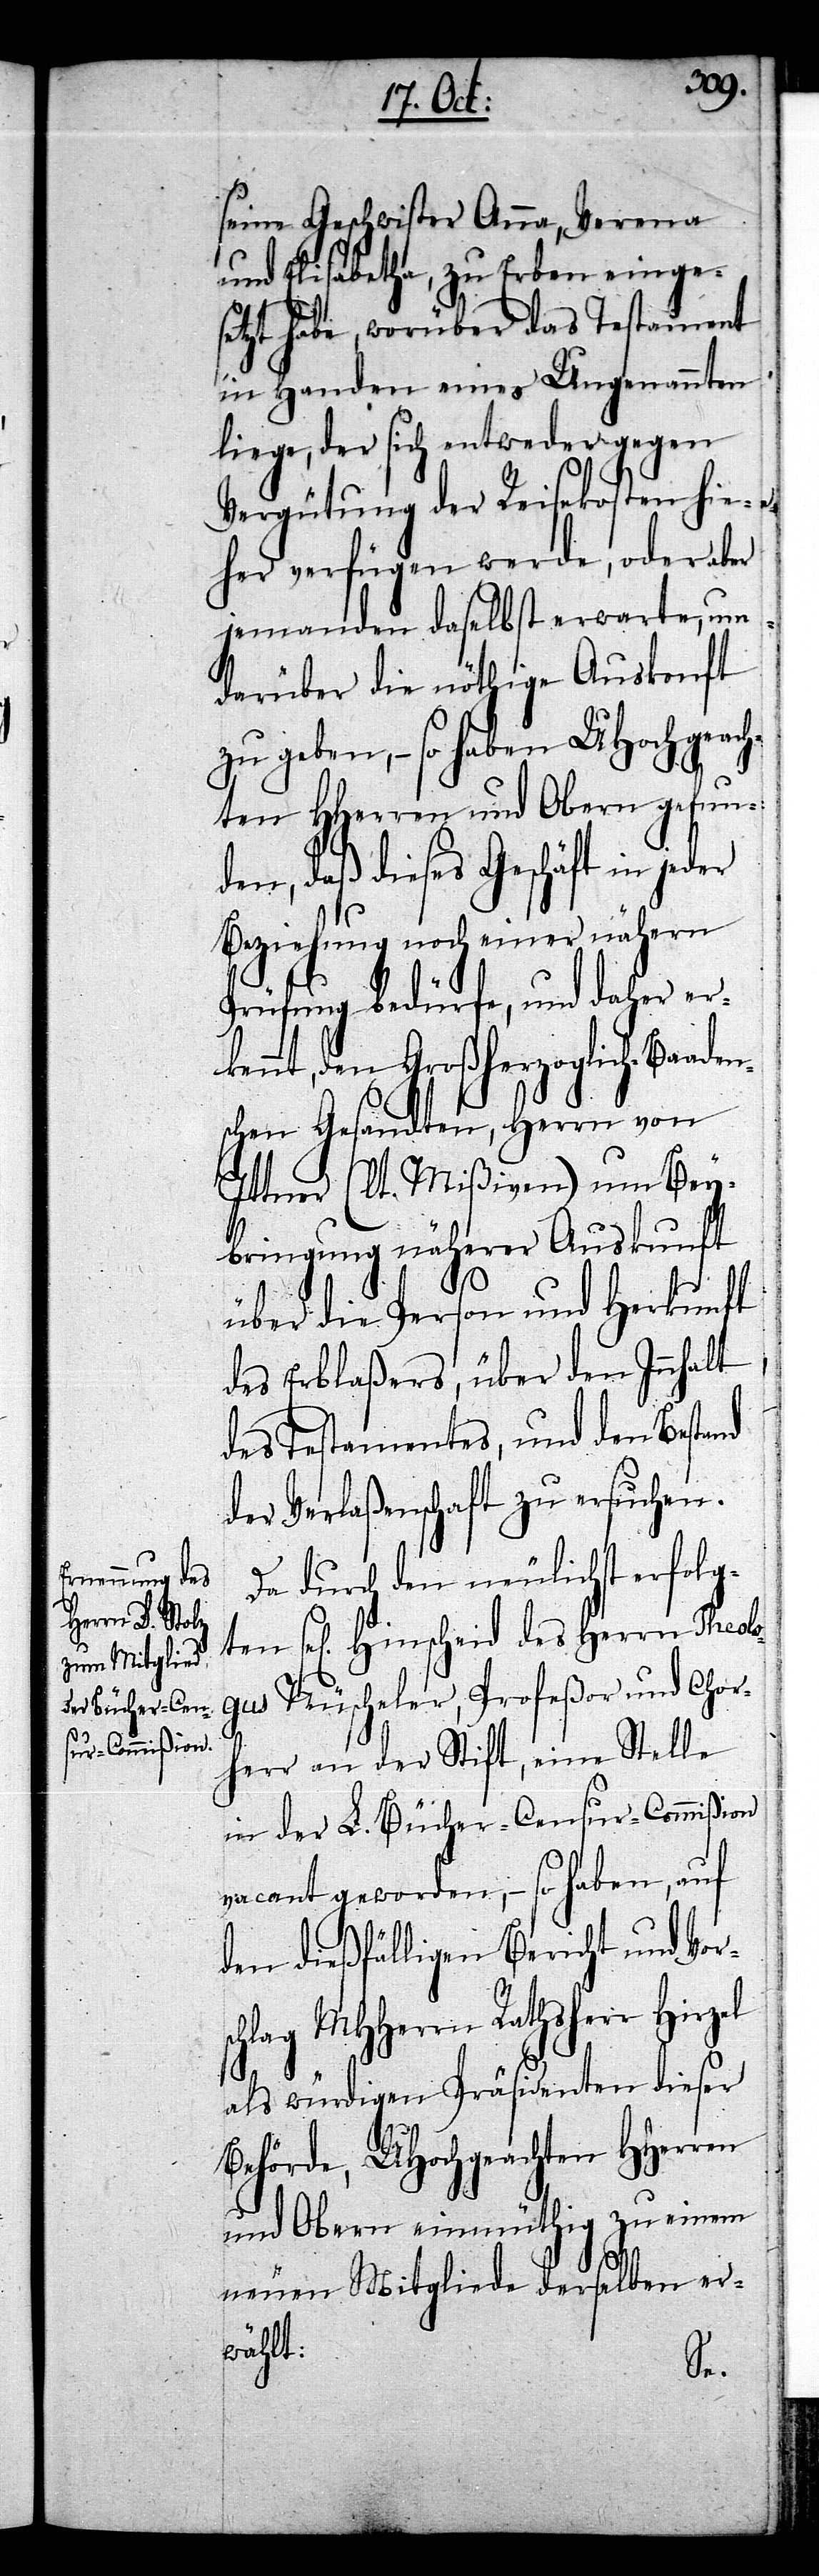
Herrn Theolo¬

seine Geschwister Anna, Verena
und Elisabetha, zu Erben einges¬
etzt habe, worüber das Testament
in Handen eines Ungenannten
liege, der sich entweder gegen
Vergütung der Reisekosten hie¬
her verfügen werde, oder aber
jemanden daselbst erwarte, um
darüber die nöthige Auskonft
zu geben, – so haben UHochgeach¬
ten Herren und Obern gefund¬
en, daß dieses Geschäft in je¬
Beziehung noch einer nähern
Prüfung bedürfe, und daher erk¬
ennt, den Großherzoglich-Baade¬
nschen Gesandten, Herrn von
Ittner (lt. Mißiven) um Bey¬
bringung näherer Auskunft
über die Person und Herkunft
des Erblaßers, über den Innhalt
des Testamentes, und den Bestand
der Verlaßenschaft zu ersuchen.
Da durch den neulichst erfolg¬
gus Nüscheler, Profeßor und Chor¬
herr an der Stift, eine Stelle
in der L. Bücher-Censur-Commißion
vacant geworden, – so haben, auf
den dießfälligen Bericht und Vor¬
lag MHHerrn Rathsherr
als würdigen Präsidenten dieser
Behörde, UHochgeachten HHerren
und Obern einmüthig zu einem
neuen Mitgliede derselben er¬
wählt:
sch¬